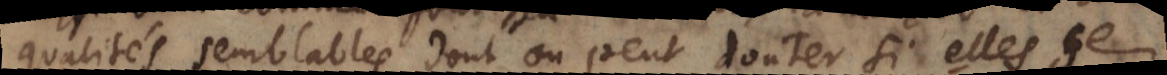
qualités semblables dont on peut douter si elles